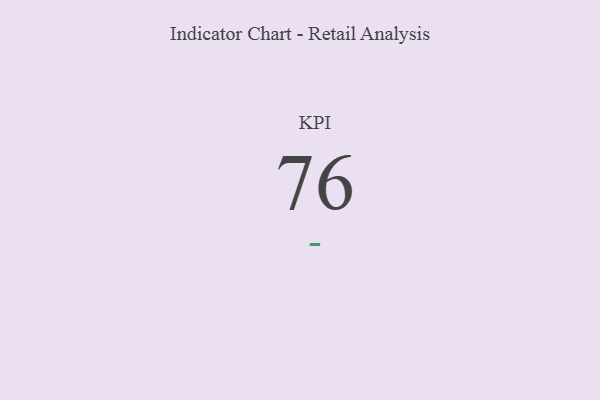
{"axis": {"x": "KPI", "y": "Value"}, "legend": [""], "data": [{"x": "KPI", "y": 76, "type": ""}]}